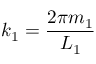
k _ { 1 } = { \frac { 2 \pi m _ { 1 } } { L _ { 1 } } }